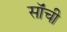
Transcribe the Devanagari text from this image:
सॉंची